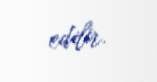
edilir.